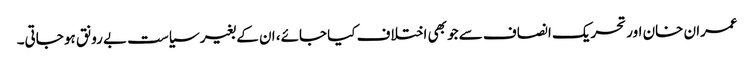
عمران خان اور تحریک انصاف سے جو بھی اختلاف کیا جائے، ان کے بغیر سیاست بے رونق ہو جاتی۔